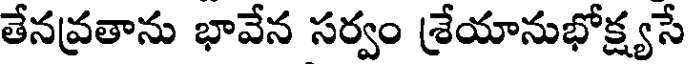
తేనవ్రతాను భావేన సర్వం శ్రేయానుభోక్ష్యసే